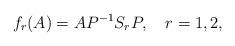
LaTeX: \begin{align*}f_r(A)=AP^{-1}S_r P,\ \ \ r=1,2,\end{align*}